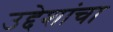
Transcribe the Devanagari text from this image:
उद्देशांचा